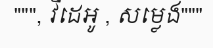
""", វីដេអូ , សម្លេង"""